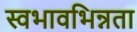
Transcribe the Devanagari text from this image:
स्वभावभिन्नता